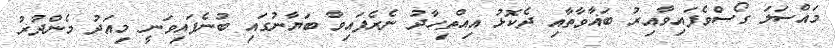
މައްސަލަ ގޯސްވެފައިވާއިރު ބަޣާވާތާއި ދެކޮޅު އިއްތިހާދު ނެރެފައިވާ ބަޔާނުގައި ބުނެފައިވަނީ މިއަދު މެންދުރު